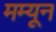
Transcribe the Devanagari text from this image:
मम्यून